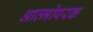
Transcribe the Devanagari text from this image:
आत्मोपरक